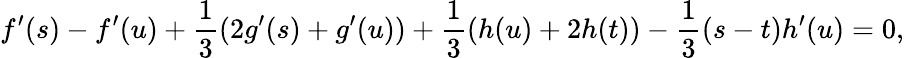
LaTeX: f^{\prime}(s)-f^{\prime}(u)+\frac{1}{3}(2g^{\prime}(s)+g^{\prime}(u))+\frac{1}{3}(h(u)+2h(t))-\frac{1}{3}(s-t)h^{\prime}(u)=0,